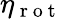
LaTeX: \eta_{\mathrm{~r~o~t~}}